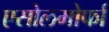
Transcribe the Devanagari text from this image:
एसोलमोर्फा